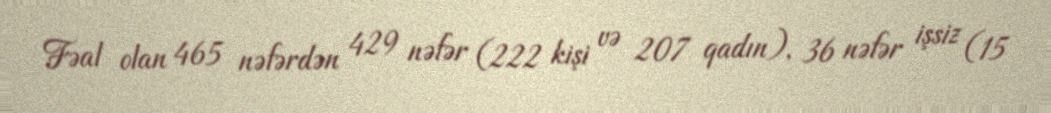
Fəal olan 465 nəfərdən 429 nəfər (222 kişi və 207 qadın), 36 nəfər işsiz (15